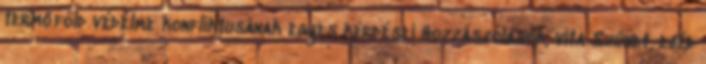
termőföld védelme konfliktusának egyes kérdései Hozzászólások, vita Szünet, ebéd